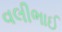
વલીભાઈ